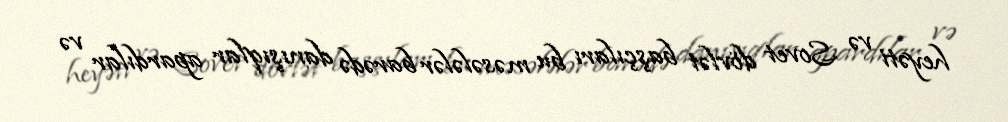
heyəti və Sovet dövlət başçıları bu məsələlər barədə danışıqlar apardılar və